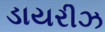
ડાયરીઝ